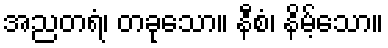
အညတရံ၊ တခုသော။ နီစံ၊ နိမ့်သော။